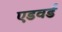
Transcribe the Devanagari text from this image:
एडवर्ड